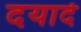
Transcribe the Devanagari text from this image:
दयार्द